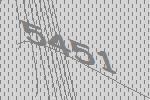
5451